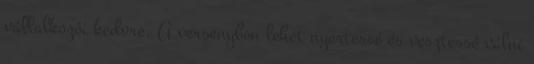
vállalkozói kedvre. A versenyben lehet nyertessé és vesztessé válni